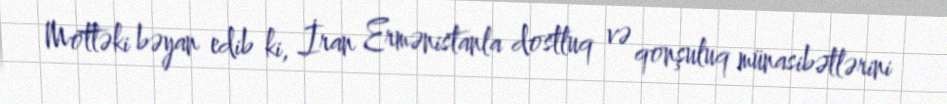
Möttəki bəyan edib ki, İran Ermənistanla dostluq və qonşuluq münasibətlərini